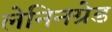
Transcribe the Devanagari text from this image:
लेनिनग्रेड